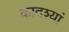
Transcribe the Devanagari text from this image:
कादश्यां